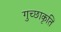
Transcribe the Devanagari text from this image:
गुच्छाकृति